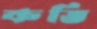
কভি